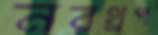
নরথ্রপ